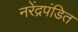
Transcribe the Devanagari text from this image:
नरेंद्रपंडित